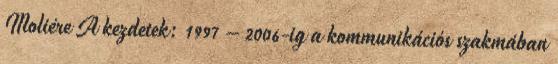
Moliére A kezdetek: 1997 – 2006-ig a kommunikációs szakmában